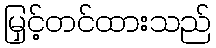
မြှင့်တင်ထားသည်